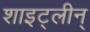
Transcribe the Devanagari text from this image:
शाइट्लीन्